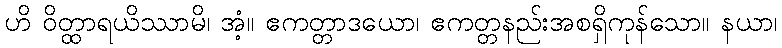
ဟိ ဝိတ္ထာရယိဿာမိ၊ အံ့။ ဧကတ္တာဒယော၊ ဧကတ္တနည်းအစရှိကုန်သော။ နယာ၊